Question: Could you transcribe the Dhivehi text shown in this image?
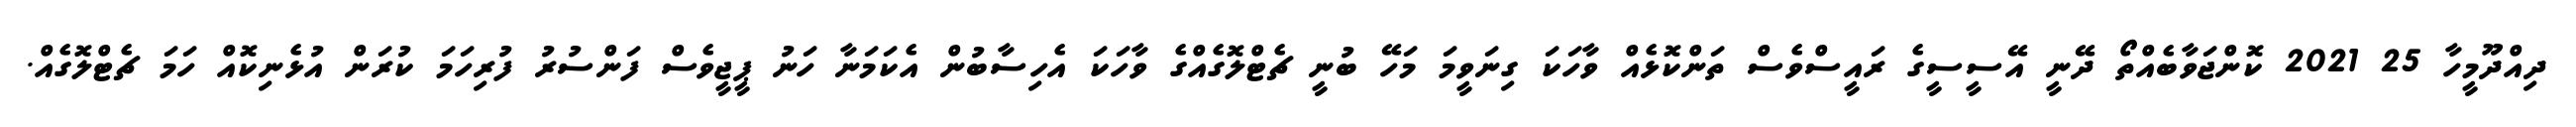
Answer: ދިއްދޫމީހާ 25 2021 ކޮންޖަވާބެއްތޯ ދޭނީ އޭސީސީގެ ރައީސްވެސް ތަންކޮޅެއް ވާހަކަ ގިނަވީމަ މަހޭ ބުނީ ޗެޓްލޮގެއްގެ ވާހަކަ އެހިސާބުން އެކަމަނާ ހަނު ޕީޖީވެސް ފަންސުރު ފުރިހަމަ ކުރަން އުޅެނިކޮއް ހަމަ ޗެޓްލޮގެއް.